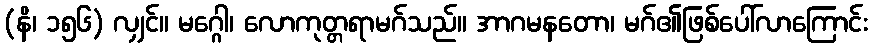
(နိ၊ ၁၅၆) လျှင်။ မဂ္ဂေါ၊ လောကုတ္တရာမဂ်သည်။ အာဂမနတော၊ မဂ်၏ဖြစ်ပေါ်လာကြောင်း